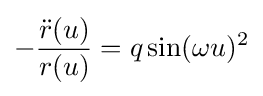
-{\frac {{\ddot {r}}(u)}{r(u)}}=q\sin(\omega u)^{2}